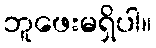
ဘူဖေးမရှိပါ။